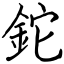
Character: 鉈